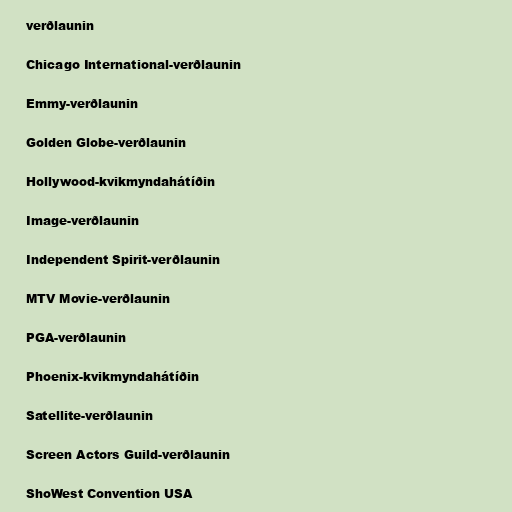
verðlaunin

Chicago International-verðlaunin

Emmy-verðlaunin

Golden Globe-verðlaunin

Hollywood-kvikmyndahátíðin

Image-verðlaunin

Independent Spirit-verðlaunin

MTV Movie-verðlaunin

PGA-verðlaunin

Phoenix-kvikmyndahátíðin

Satellite-verðlaunin

Screen Actors Guild-verðlaunin

ShoWest Convention USA